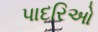
પાદરિઓ